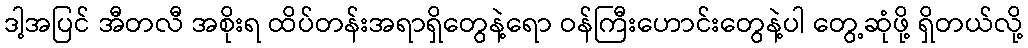
ဒါ့အပြင် အီတလီ အစိုးရ ထိပ်တန်းအရာရှိတွေနဲ့ရော ဝန်ကြီးဟောင်းတွေနဲ့ပါ တွေ့ဆုံဖို့ ရှိတယ်လို့